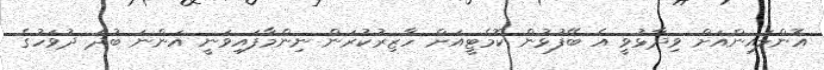
އޮންލައިންއަށް ވިދާޅުވީ އެ ބޭފުޅުން ކޮމެޓީއަށް ހާޒިރުކުރަން ނިންމާފައިވަނީ އަންނަ ބުދަ ދުވަހުގެ